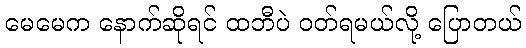
မေမေက နောက်ဆိုရင် ထဘီပဲ ဝတ်ရမယ်လို့ ပြောတယ်